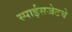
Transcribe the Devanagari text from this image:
स्पाईसजेटचे